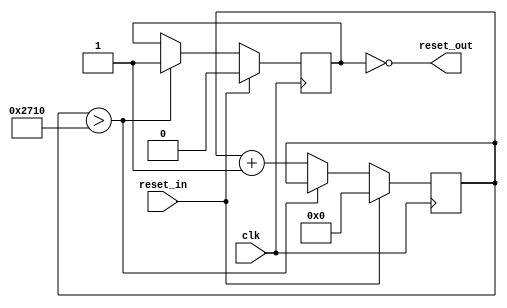
`default_nettype none

module resetgen(
       input wire  clk,
       input wire  reset_in,
       output wire reset_out
       );

   reg [15:0] counter = 16'd0;
   reg        reset_n = 1'b0;

   assign reset_out = ~reset_n;
   
   always @(posedge clk) begin
      if(reset_in == 1'b1) begin
	 counter <= 16'd0;
         reset_n <= 1'b0;
      end else begin
	 if(counter > 10000)
           reset_n <= 1'b1; // assert once
	 else
	   counter <= counter + 1;
      end
   end // always @ (posedge clk)

endmodule // resetgen